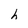
Character: h